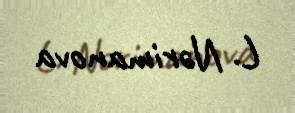
L. Nərimanova